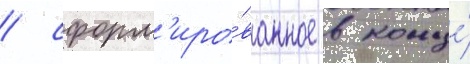
/ сформ'иро́ванное в конце́